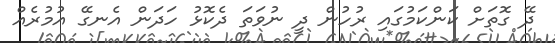
ދޭ ގޮތަށް ކަންކަމުގައި ރުހުން ދީ ނުވަތަ ދެކޮޅު ހަދަން އެނގޭ އުމުރެއް